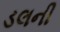
ડલની